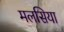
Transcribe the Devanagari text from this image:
मलसिया